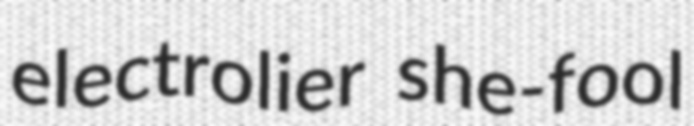
electrolier she-fool